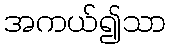
အကယ်၍သာ